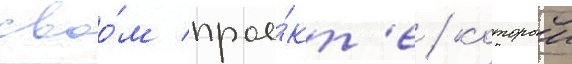
своо́м прое́кт'е / которыи